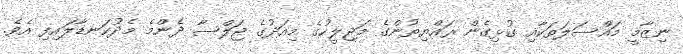
ނިޒާމީ މައްސަލަތަކާއި ގުޅިގެން ރައްޔިތުންގެ މަޖިލީހުގެ މިއަދުގެ ޖަލްސާ ދެންމެ މެދުކަނޑާލައިފި އެވެ.